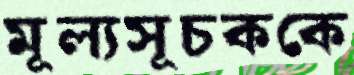
মূল্যসূচককে